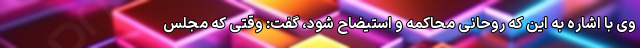
وی با اشاره به این که روحانی محاکمه و استیضاح شود، گفت: وقتی که مجلس